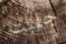
جلبت